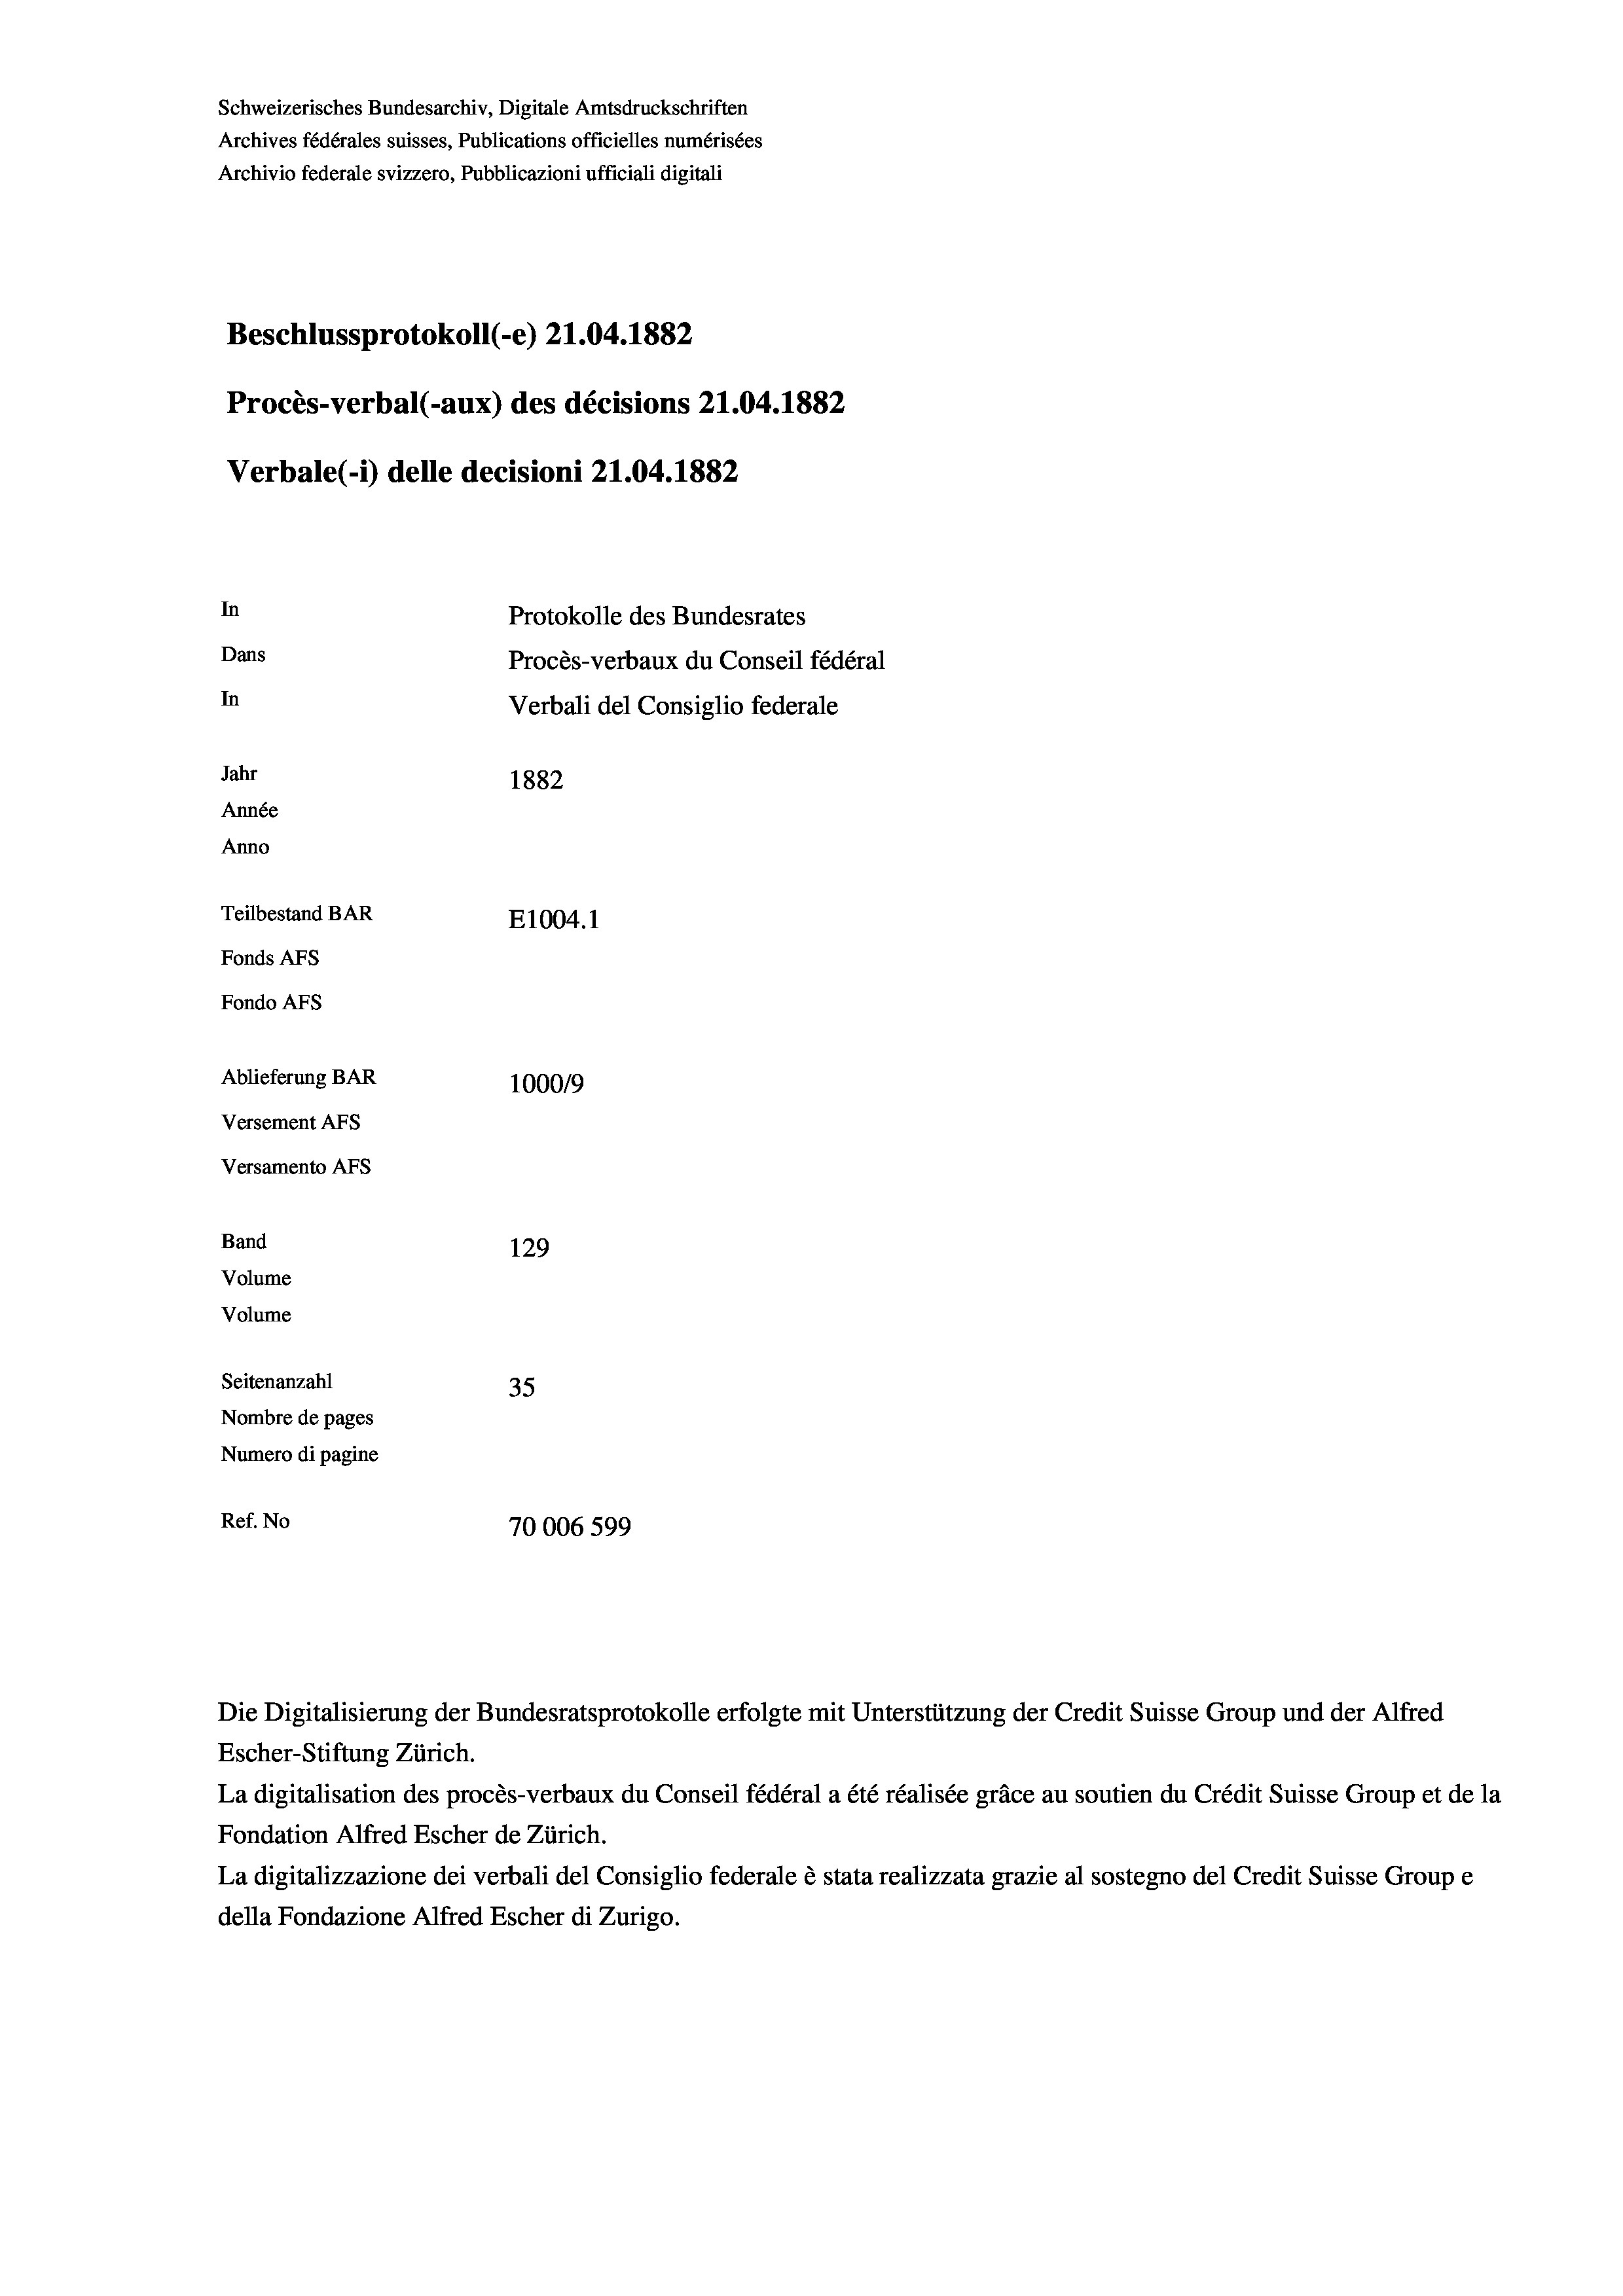
Schweizerisches Bundesarchiv, Digitale Amtsdruckschriften
Archives fédérales suisses, Publications officielles numérisées
Archivio federale svizzero, Pubblicazioni ufficiali digitali
Beschlussprotokoll (-e) 21.04. 1882
Procès-verbal (-aux) des décisions 21.04. 1882
Verbale (1) delle decisioni 21.04. 1882
In
Protokolle des Bundesrates
Dans
Procès-verbaux du Conseil fédéral
In
Verbali del Consiglio federale
Jahr
1882
Année
Anno
Teilbestand BAR
E1004. 1
Fonds Afs
Fondo AFs
Ablieferung BAR
1000/9
Versement Abs
Versamento AFs
Band
129
Volume
Volume
Seitenanzahl
35
Nombre de pages
Numero di pagine
Ref. No
70006 599

Escher-Stiftung Zürich.
La digitalisation des procès-verbaux du Conseil fédéral a été réalisée gräce au soutien du Crédit Suisse Group et de la
Fondation Alfred Escher de Zürich.
La digitalizzazione dei verbali del Consiglio federale è stata realizzata grazie al sostegno del Credit Suisse Groupe
della Fondazione Alfred Escher di Zurigo.

Die Digitalisierung der Bundesratsprotokolle erfolgte mit Unterstützung der Credit Suisse Group und der Alfred